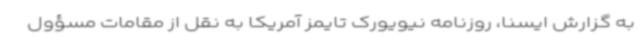
به گزارش ایسنا، روزنامه نیویورک تایمز آمریکا به نقل از مقامات مسؤول